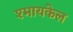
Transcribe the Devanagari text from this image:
श्मायकेल